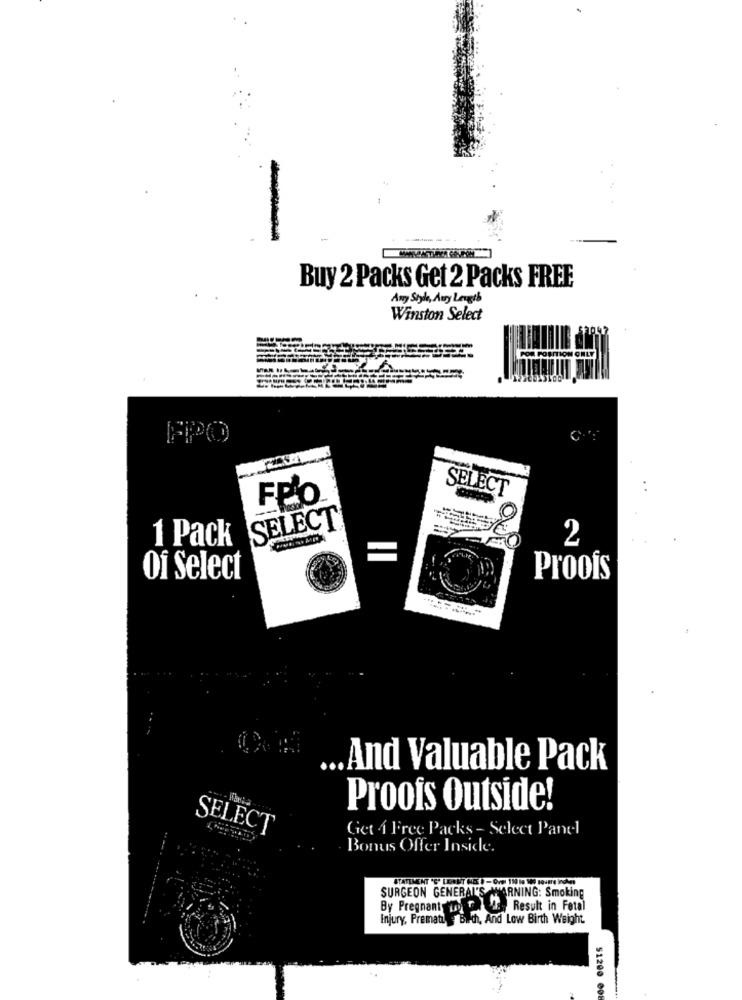
Buy 2 Packs Get 2 Packs FREE
Any Style, Any Length
Winston Select
---
FPO
SELECT
Feto
SELECT
1 Pack
2
Of Select
Proofs
... And Valuable Pack
Proois Outside!
SELECT
Get 1 Free Packs - Select Panel
Bonus Offer Inside.
SURGEON GENERAL'S WARNING: Smoking
By Pregnant ihr } A Result in Fetal
Injury, Prematu Bilch, And Low Birth Weight
51200 00